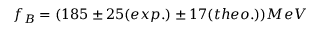
f _ { B } = ( 1 8 5 \pm 2 5 ( e x p . ) \pm 1 7 ( t h e o . ) ) M e V